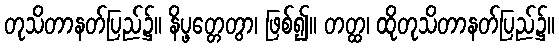
တုသိတာနတ်ပြည်၌။ နိပ္ဖတ္တေတွာ၊ ဖြစ်၍။ တတ္ထ၊ ထိုတုသိတာနတ်ပြည်၌။